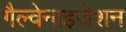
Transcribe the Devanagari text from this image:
गैल्वेनाइजेशन